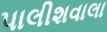
પાલીશવાલા